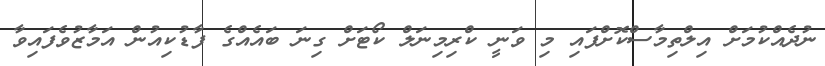
ނުދެއްކުމަށް އިލްތިމާސްކޮށްފައި މި ވަނީ ކްރިމިނަލް ކޯޓަށް ގިނަ ބައެއްގެ ފާޑުކިއުން އަމާޒުވެފައިވާ